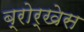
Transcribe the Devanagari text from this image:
ब्रोर्खेस